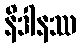
နိဒါနဿ